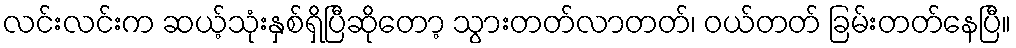
လင်းလင်းက ဆယ့်သုံးနှစ်ရှိပြီဆိုတော့ သွားတတ်လာတတ်၊ ဝယ်တတ် ခြမ်းတတ်နေပြီ။